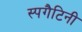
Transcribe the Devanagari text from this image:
स्पगैटिनी